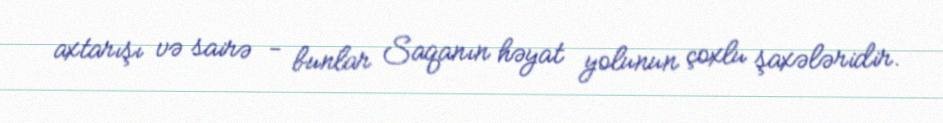
axtarışı və sairə - bunlar Saqanın həyat yolunun çoxlu şaxələridir.